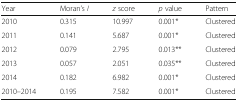
| Year | Moran’s I | z score | p value | Pattern |
 | --- | --- | --- | --- | --- |
 | 2010 | 0.315 | 10.997 | 0.001* | Clustered |
 | 2011 | 0.141 | 5.687 | 0.001* | Clustered |
 | 2012 | 0.079 | 2.795 | 0.013** | Clustered |
 | 2013 | 0.057 | 2.051 | 0.035** | Clustered |
 | 2014 | 0.182 | 6.982 | 0.001* | Clustered |
 | 2010–2014 | 0.195 | 7.582 | 0.001* | Clustered |